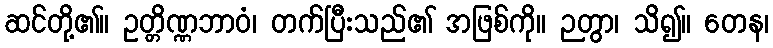
ဆင်တို့၏။ ဥတ္တိဏ္ဏဘာဝံ၊ တက်ပြီးသည်၏ အဖြစ်ကို။ ဉတွာ၊ သိ၍။ တေန၊